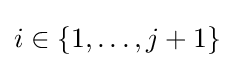
i\in \{1,\ldots ,j+1\}